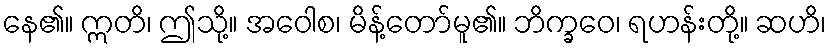
နေ၏။ ဣတိ၊ ဤသို့။ အဝေါစ၊ မိန့်တော်မူ၏။ ဘိက္ခဝေ၊ ရဟန်းတို့။ ဆဟိ၊